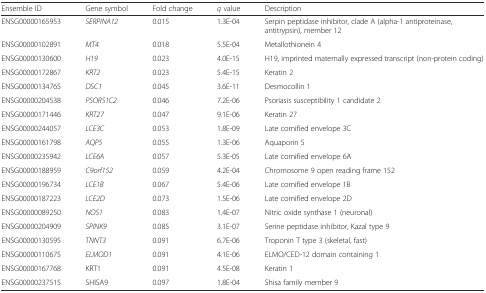
<table><thead><tr><td><b>Ensemble ID</b></td><td><b>Gene symbol</b></td><td><b>Fold change</b></td><td><b><i>q</i> value</b></td><td><b>Description</b></td></tr></thead><tbody><tr><td>ENSG00000165953</td><td><i>SERPINA12</i></td><td>0.015</td><td>1.3E-04</td><td>Serpin peptidase inhibitor, clade A (alpha-1 antiproteinase, antitrypsin), member 12</td></tr><tr><td>ENSG00000102891</td><td><i>MT4</i></td><td>0.018</td><td>5.5E-04</td><td>Metallothionein 4</td></tr><tr><td>ENSG00000130600</td><td><i>H19</i></td><td>0.023</td><td>4.0E-15</td><td>H19, imprinted maternally expressed transcript (non-protein coding)</td></tr><tr><td>ENSG00000172867</td><td><i>KRT2</i></td><td>0.023</td><td>5.4E-15</td><td>Keratin 2</td></tr><tr><td>ENSG00000134765</td><td><i>DSC1</i></td><td>0.045</td><td>3.6E-11</td><td>Desmocollin 1</td></tr><tr><td>ENSG00000204538</td><td><i>PSORS1C2</i></td><td>0.046</td><td>7.2E-06</td><td>Psoriasis susceptibility 1 candidate 2</td></tr><tr><td>ENSG00000171446</td><td><i>KRT27</i></td><td>0.047</td><td>9.1E-06</td><td>Keratin 27</td></tr><tr><td>ENSG00000244057</td><td><i>LCE3C</i></td><td>0.053</td><td>1.8E-09</td><td>Late cornified envelope 3C</td></tr><tr><td>ENSG00000161798</td><td><i>AQP5</i></td><td>0.055</td><td>1.3E-06</td><td>Aquaporin 5</td></tr><tr><td>ENSG00000235942</td><td><i>LCE6A</i></td><td>0.057</td><td>5.3E-05</td><td>Late cornified envelope 6A</td></tr><tr><td>ENSG00000188959</td><td><i>C9orf152</i></td><td>0.059</td><td>4.2E-04</td><td>Chromosome 9 open reading frame 152</td></tr><tr><td>ENSG00000196734</td><td><i>LCE1B</i></td><td>0.067</td><td>5.4E-06</td><td>Late cornified envelope 1B</td></tr><tr><td>ENSG00000187223</td><td><i>LCE2D</i></td><td>0.073</td><td>1.5E-06</td><td>Late cornified envelope 2D</td></tr><tr><td>ENSG00000089250</td><td><i>NOS1</i></td><td>0.083</td><td>1.4E-07</td><td>Nitric oxide synthase 1 (neuronal)</td></tr><tr><td>ENSG00000204909</td><td><i>SPINK9</i></td><td>0.085</td><td>3.1E-07</td><td>Serine peptidase inhibitor, Kazal type 9</td></tr><tr><td>ENSG00000130595</td><td><i>TNNT3</i></td><td>0.091</td><td>6.7E-06</td><td>Troponin T type 3 (skeletal, fast)</td></tr><tr><td>ENSG00000110675</td><td><i>ELMOD1</i></td><td>0.091</td><td>4.1E-06</td><td>ELMO/CED-12 domain containing 1</td></tr><tr><td>ENSG00000167768</td><td>KRT1</td><td>0.091</td><td>4.5E-08</td><td>Keratin 1</td></tr><tr><td>ENSG00000237515</td><td>SHISA9</td><td>0.097</td><td>1.8E-04</td><td>Shisa family member 9</td></tr></tbody></table>